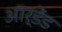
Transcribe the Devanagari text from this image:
ऑर्डेंड